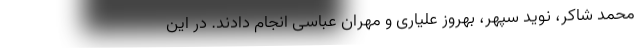
محمد شاکر، نوید سپهر، بهروز علیاری و مهران عباسی انجام دادند. در این